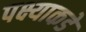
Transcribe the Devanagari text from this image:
पक्ष्याकडे